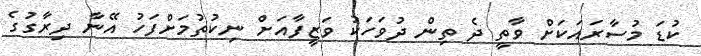
ކުޑަ މުސާރައަކަށް ވާތީ ދެ ތިން ދުވަހަކު ވަޒީފާއަށް ނިކުތުމަށްފަހު އޭނާ ދިރާގުގެ